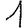
Digit: 1